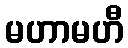
မဟာမဟီ